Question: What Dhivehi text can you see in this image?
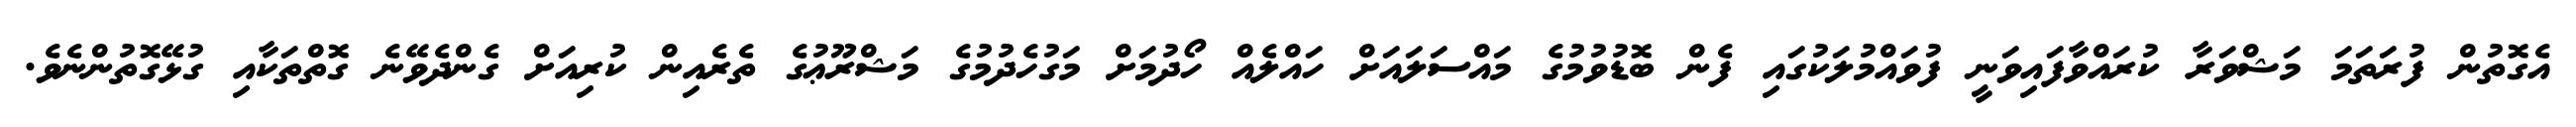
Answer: އެގޮތުން ފުރަތަމަ މަޝްވަރާ ކުރައްވާފައިވަނީ ފުވައްމުލަކުގައި ފެން ބޮޑުވުމުގެ މައްސަލައަށް ހައްލެއް ހޯދުމަށް މަގުހެދުމުގެ މަޝްރޫޢުގެ ތެރެއިން ކުރިއަށް ގެންދެވޭނެ ގޮތްތަކާއި ގުޅޭގޮތުންނެވެ.